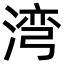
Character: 湾